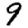
Digit: 9